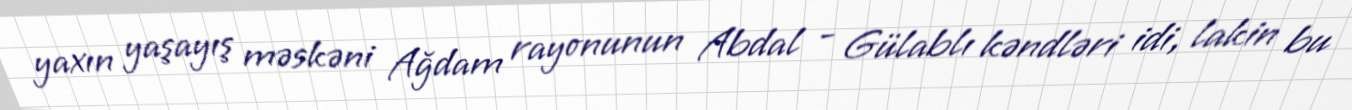
yaxın yaşayış məskəni Ağdam rayonunun Abdal - Gülablı kəndləri idi, lakin bu